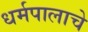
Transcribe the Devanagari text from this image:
धर्मपालाचे